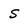
Character: S